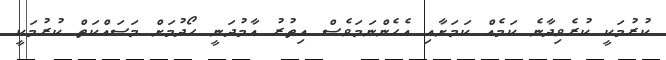
ކުރުމަކީ ކުރެވިދާނެ ކަމެއް ކަމަށާއި އެހެންނަމަވެސް އިތުރު އާމުދަނީ ހޯދުމަށް މަސައްކަތް ކުރުމަކީ